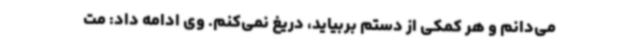
می‌دانم و هر کمکی از دستم بربیاید، دریغ نمی‌کنم. وی ادامه داد: مت